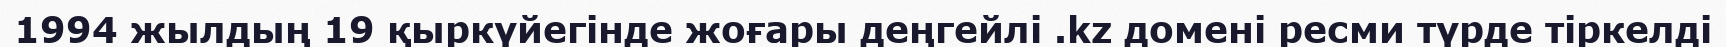
1994 жылдың 19 қыркүйегінде жоғары деңгейлі .kz домені ресми түрде тіркелді